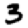
Digit: 3